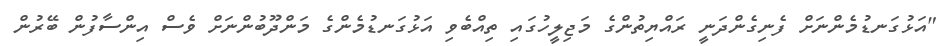
"އަޅުގަނޑުމެންނަށް ފެނިގެންދަނީ ރައްޔިތުންގެ މަޖިލީހުގައި ތިއްބެވި އަޅުގަނޑުމެންގެ މަންދޫބުންނަށް ވެސް އިންސާފުން ބޭރުން